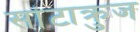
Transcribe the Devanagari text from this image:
सांटाक्रुज